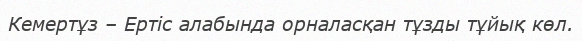
Кемертұз – Ертіс алабында орналасқан тұзды тұйық көл.